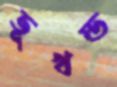
ভূখন্ড